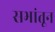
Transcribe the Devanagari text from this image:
सभांतून